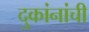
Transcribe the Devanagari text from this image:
दुकांनांची